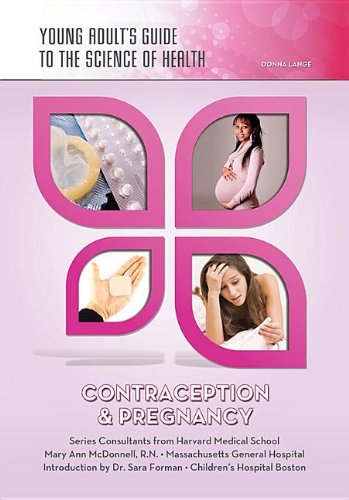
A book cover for Contraception & Pregnancy (Young Adult's Guide to the Science of Health); Donna Lange; Teen & Young Adult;